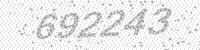
Solution: 692243